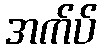
အက်ပ်